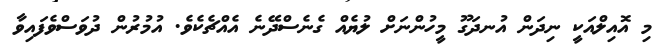
މި އޮއިލްއަކީ ނިދަން އުނދަގޫ މީހުންނަށް ލުޔެއް ގެނެސްދޭނެ އެއްޗެކެވެ. އުމުރުން ދުވަސްވެފައިވާ